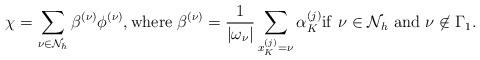
LaTeX: \begin{align*}\chi=\sum_{\nu\in \mathcal{N}_h} \beta^{(\nu)}\phi^{(\nu)}, {\rm where} \;\beta^{(\nu)}=\frac{1}{|\omega_\nu|}\sum_{x_K^{(j)}=\nu}\alpha_K^{(j)}{\rm if}\ \nu\in\mathcal{N}_h\ {\rm and\ }\nu\not\in\Gamma_1.\end{align*}